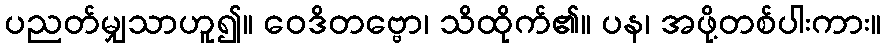
ပညတ်မျှသာဟူ၍။ ဝေဒိတဗ္ဗော၊ သိထိုက်၏။ ပန၊ အဖို့တစ်ပါးကား။